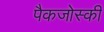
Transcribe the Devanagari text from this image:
पैकजोस्की